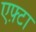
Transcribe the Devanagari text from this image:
एफ़्टा